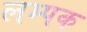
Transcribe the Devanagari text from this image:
लम्पक